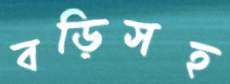
বড়িসহ